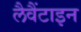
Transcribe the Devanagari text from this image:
लैवैंटाइन